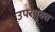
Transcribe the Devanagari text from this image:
उपरयुक्त